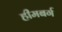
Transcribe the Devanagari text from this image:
हीमबर्ग